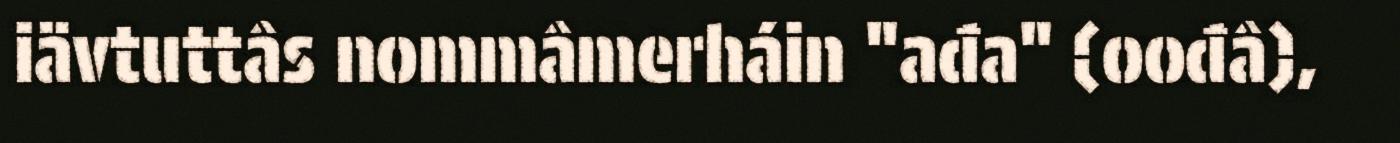
iävtuttâs nommâmerháin "ađa" (oođâ),